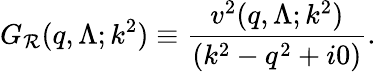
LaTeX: G_{\mathcal{R}}(q,\Lambda;k^{2})\equiv\frac{{v^{2}(q,\Lambda;k^{2})}}{{(k^{2}-q^{2}+i0)}}.